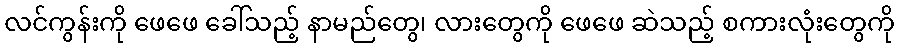
လင်ကွန်းကို ဖေဖေ ခေါ်သည့် နာမည်တွေ၊ လားတွေကို ဖေဖေ ဆဲသည့် စကားလုံးတွေကို